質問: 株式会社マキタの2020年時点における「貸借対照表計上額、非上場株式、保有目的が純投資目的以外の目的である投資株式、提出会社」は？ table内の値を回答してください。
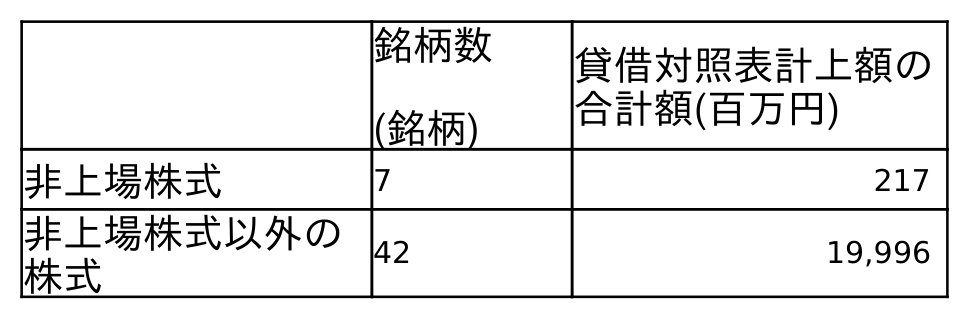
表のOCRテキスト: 銘柄数 (銘柄) 貸借対照表計上額の 合計額(百万円) 非上場株式 7 217 非上場株式以外の 株式 42 19,996
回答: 217